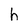
Character: h